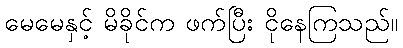
မေမေနှင့် မိခိုင်က ဖက်ပြီး ငိုနေကြသည်။